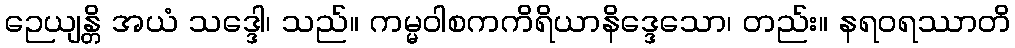
ဉေယျန္တိ အယံ သဒ္ဒေါ၊ သည်။ ကမ္မဝါစကကိရိယာနိဒ္ဒေသော၊ တည်း။ နရဝရဿာတိ